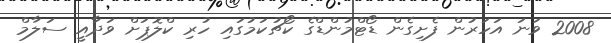
2008 ވަނަ އަހަރުން ފެށިގެން ޑޯޓްމުންޑްގެ ކޯޗުކަމުގައި ހުރި ކްލޮޕަށް ވަދާއީ ސަލާމް